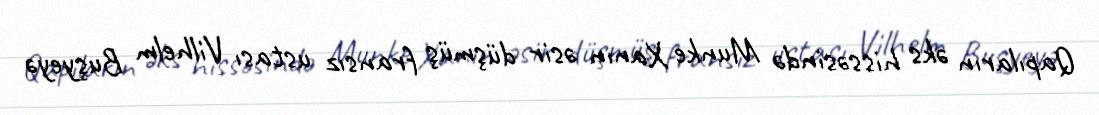
Qapıların əks hissəsində Munke Xanın əsir düşmüş fransız ustası Vilhelm Buşyeyə